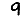
Digit: 9